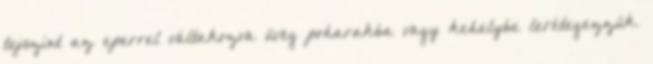
tejszínt az eperrel váltakozva üveg poharakba vagy kehelybe lerétegezzük.